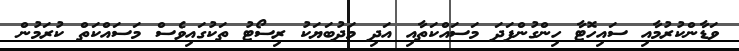
ވަޑާންކުރުމާއި ސައިހޮޓާ ހިންގުންފަދަ މަސައްކަތާއި އަދި މަދުބަޔަކު ރިސޯޓު ތަކުގައިވެސް މަސައްކަތް ކުރަމުން